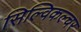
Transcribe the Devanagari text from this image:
सिल्विकल्चर